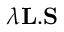
\lambda \mathbf { L } . \mathbf { S }